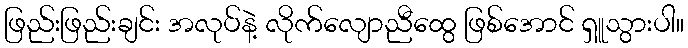
ဖြည်းဖြည်းချင်း အလုပ်နဲ့ လိုက်လျောညီထွေ ဖြစ်အောင် ရှူသွားပါ။